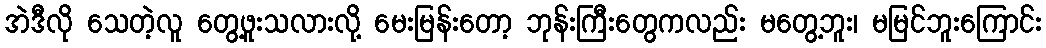
အဲဒီလို သေတဲ့လူ တွေ့ဖူးသလားလို့ မေးမြန်းတော့ ဘုန်းကြီးတွေကလည်း မတွေ့ဘူး၊ မမြင်ဘူးကြောင်း